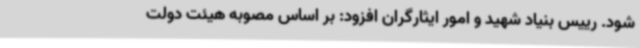
شود. رییس بنیاد شهید و امور ایثارگران افزود: بر اساس مصوبه هیئت دولت